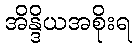
အိန္ဒိယအစိုးရ